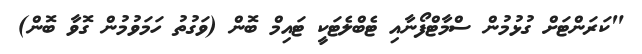
"ކަރަންޓަށް ގުޅުމުން ސްމާޓްފޯނާއި ޓެބްލެޓަކީ ޓައިމް ބޮން (ވަގުތު ހަމަވުމުން ގޮވާ ބޮން)